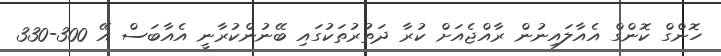
ހޮންގް ކޮންގް އެއާލައިނުން ރާއްޖެއަށް ކުރާ ދަތުރުތަކުގައި ބޭނުންކުރާނީ އެއާބަސް އޭ 300-330